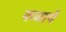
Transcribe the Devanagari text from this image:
कळायें